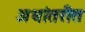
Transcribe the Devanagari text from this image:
अधांतरीत